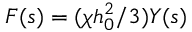
F ( s ) = ( \chi h _ { 0 } ^ { 2 } / 3 ) Y ( s )